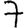
Digit: 7